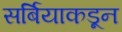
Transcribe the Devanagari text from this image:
सर्बियाकडून